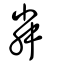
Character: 粦